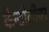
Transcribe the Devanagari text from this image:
कैन्टीलीवर